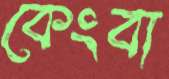
কেংবা